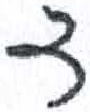
אות: ד